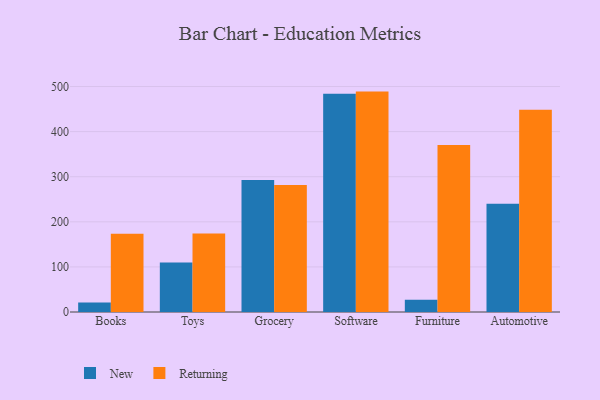
{"axis": {"x": "Category", "y": "Customer Acquisition Cost (USD)"}, "legend": ["New", "Returning"], "data": [{"x": "Books", "y": 21.1, "type": "New"}, {"x": "Books", "y": 173.7, "type": "Returning"}, {"x": "Toys", "y": 110.0, "type": "New"}, {"x": "Toys", "y": 174.1, "type": "Returning"}, {"x": "Grocery", "y": 292.9, "type": "New"}, {"x": "Grocery", "y": 281.5, "type": "Returning"}, {"x": "Software", "y": 483.8, "type": "New"}, {"x": "Software", "y": 488.8, "type": "Returning"}, {"x": "Furniture", "y": 27.4, "type": "New"}, {"x": "Furniture", "y": 370.5, "type": "Returning"}, {"x": "Automotive", "y": 239.9, "type": "New"}, {"x": "Automotive", "y": 448.3, "type": "Returning"}]}